Newspaper: Press and daily Dakotaian.
Place of publication: Yankton, Dakota Territory [S.D.]
Publisher: Bowen & Kingsbury
Date: 1885-11-10 00:00:00
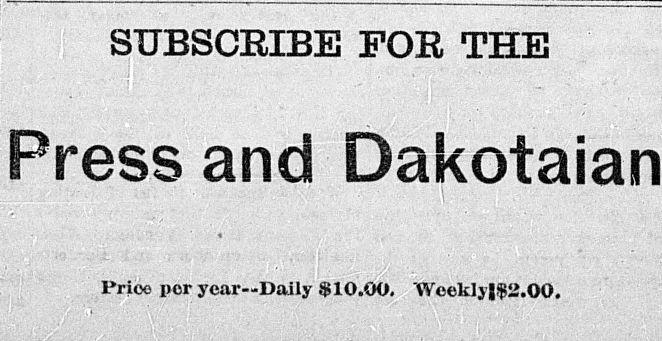
Advertisement text (OCR):
SUBSCRIBE FOR THE Press and Dakota ian Price per year—Daily $10.00. Weekly|$2.00.
Label: text-only